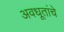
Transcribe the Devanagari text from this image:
अवधूतांचे